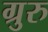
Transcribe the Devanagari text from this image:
ग्रुरु